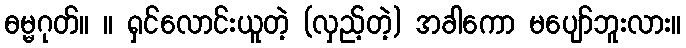
ဓမ္မဂုတ်။ ။ ရှင်လောင်းယူတဲ့ (လှည့်တဲ့) အခါကော မပျော်ဘူးလား။